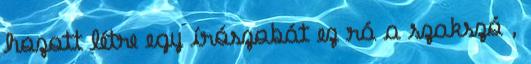
hozott létre egy írószobát ez rá a szakszó ,